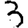
Digit: 3